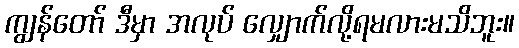
ကျွန်တော် ဒီမှာ အလုပ် လျှောက်လို့ရမလားမသိဘူး။